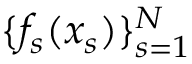
\{ f _ { s } ( x _ { s } ) \} _ { s = 1 } ^ { N }